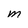
Character: M